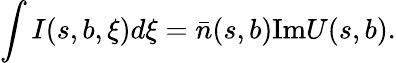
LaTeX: \int I(s,b,\xi)d\xi=\bar{n}(s,b)\mathrm{Im}U(s,b).